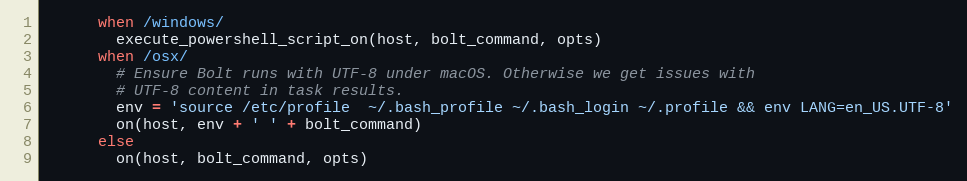
Language: Ruby
      when /windows/
        execute_powershell_script_on(host, bolt_command, opts)
      when /osx/
        # Ensure Bolt runs with UTF-8 under macOS. Otherwise we get issues with
        # UTF-8 content in task results.
        env = 'source /etc/profile  ~/.bash_profile ~/.bash_login ~/.profile && env LANG=en_US.UTF-8'
        on(host, env + ' ' + bolt_command)
      else
        on(host, bolt_command, opts)